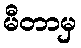
မီတာမှ